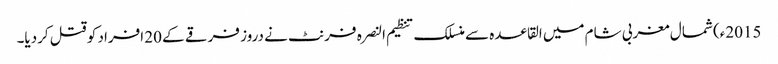
2015ء) شمال مغربی شام میں القاعدہ سے منسلک تنظیم النصرہ فرنٹ نے دروز فرقے کے 20 افراد کو قتل کردیا۔